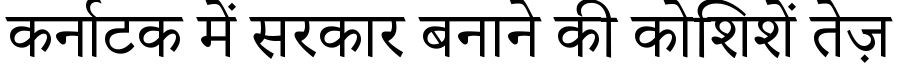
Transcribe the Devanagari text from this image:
कर्नाटक में सरकार बनाने की कोशिशें तेज़